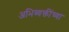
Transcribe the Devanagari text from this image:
अभिव्यक्तींच्या